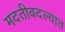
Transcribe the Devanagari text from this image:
मदतीबदल्यात